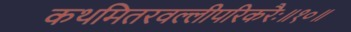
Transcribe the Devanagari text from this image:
कथमितरवल्लीपरिकरैः॥१०॥